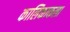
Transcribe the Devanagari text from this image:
कालिकाकला